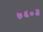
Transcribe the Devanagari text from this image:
७६०३